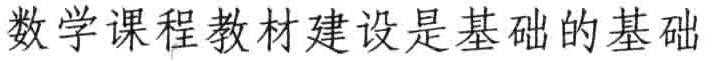
数学课程教材建设是基础的基础